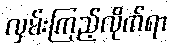
လှမ်းကြည့်လိုက်ရာ